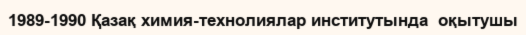
1989-1990 Қазақ химия-технолиялар институтында  оқытушы